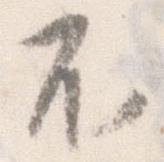
不